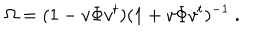
LaTeX: \Omega = ( 1 - v \Phi v ^ { t } ) ( 1 + v \Phi v ^ { t } ) ^ { - 1 } \ .